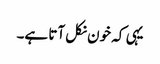
یہی کہ خون نکل آتا ہے۔